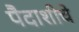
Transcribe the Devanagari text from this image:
पैदाशीचे